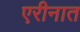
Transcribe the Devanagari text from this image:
एरीनात